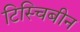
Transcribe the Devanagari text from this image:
टिस्चिबीन